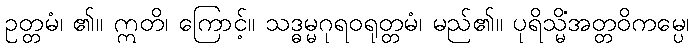
ဥတ္တမံ၊ ၏။ ဣတိ၊ ကြောင့်။ သဒ္ဓမ္မဂုရဝရုတ္တမံ၊ မည်၏။ ပုရိသ္မိံအတ္တဝိကမ္ပေ၊